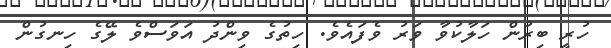
ހުރީ ބިރުން ހަލާކުވާ ވަރު ވެފައެވެ. ހިތުގެ ވިންދު އަވަސްވެ ލޭގެ ހިނގުން